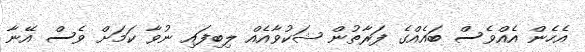
އެހެން އެއްވެސް ބައެއްގެ ފަރާތުން ޝަކުވާއެއް ލިބިފައި ނުވާ ކަމަށް ވެސް އޭނާ